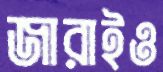
জারাইও